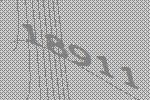
18911